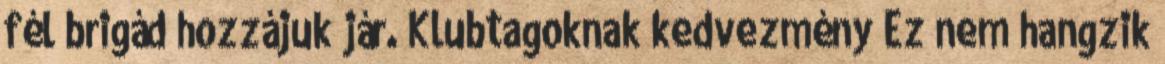
fél brigád hozzájuk jár. Klubtagoknak kedvezmény Ez nem hangzik